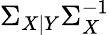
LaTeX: \Sigma_{X|Y}\Sigma_{X}^{-1}